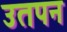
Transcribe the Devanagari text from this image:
उतपन